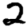
Digit: 2